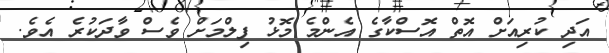
އަދި ކުރިއަށް އޮތް އޮސްކާގެ އެންމެ މޮޅު ފިލްމަށް ވެސް ވާދަކުރެ އެވެ.